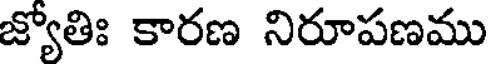
జ్యోతిః కారణ నిరూపణము